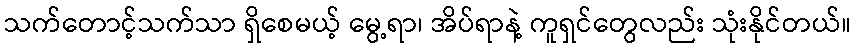
သက်တောင့်သက်သာ ရှိစေမယ့် မွေ့ရာ၊ အိပ်ရာနဲ့ ကူရှင်တွေလည်း သုံးနိုင်တယ်။